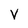
Character: V